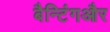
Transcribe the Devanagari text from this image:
बैन्टिंगऔर